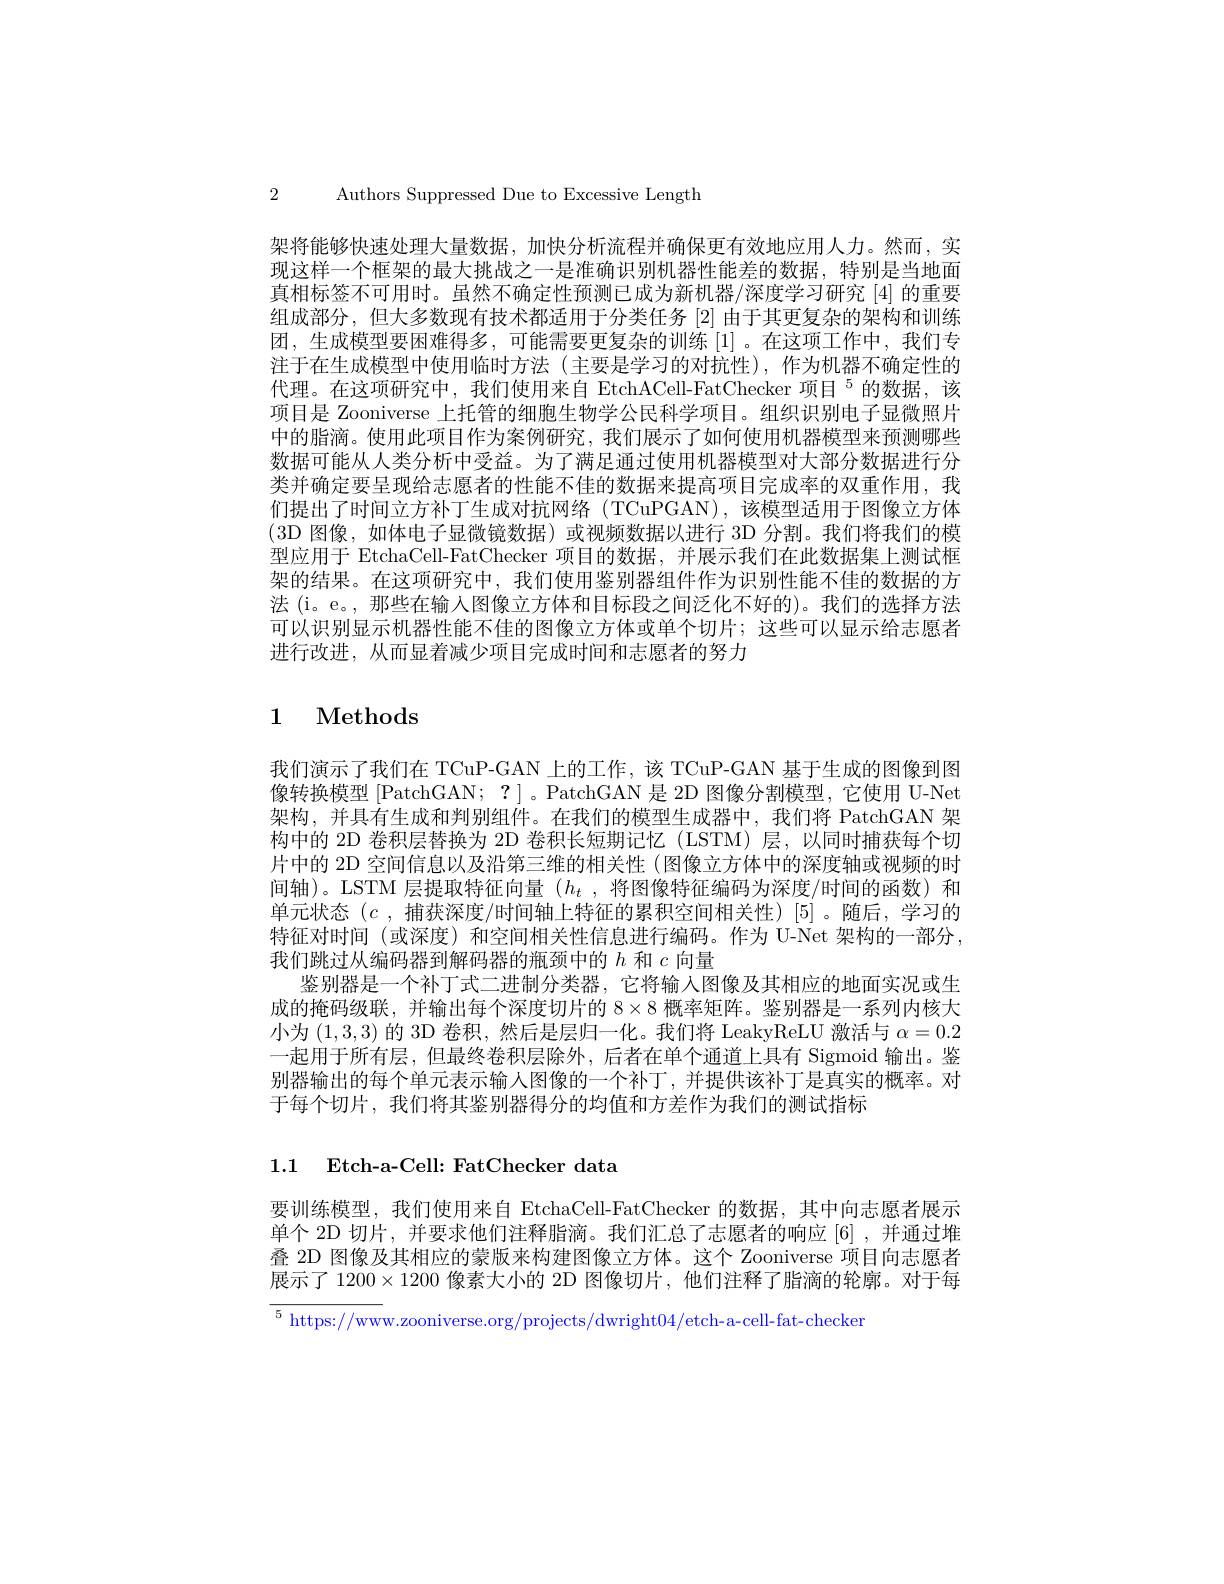
2 Authors Suppressed Due to Excessive Length

架将能够快速处理大量数据，加快分析流程并确保更有效地应用人力。然而，实现这样一个框架的最大挑战之一是准确识别机器性能差的数据，特别是当地面真相标签不可用时。虽然不确定性预测已成为新机器/深度学习研究[4]的重要组成部分，但大多数现有技术都适用于分类任务[2]由于其更复杂的架构和训练团，生成模型要困难得多，可能需要更复杂的训练[1]。在这项工作中，我们专注于在生成模型中使用临时方法(主要是学习的对抗性),作为机器不确定性的代理。在这项研究中，我们使用来自 EtchACell-FatChecker 项目 $^{5}$的数据，该项目是 Zooniverse 上托管的细胞生物学公民科学项目。组织识别电子显微照片中的脂滴。使用此项目作为案例研究，我们展示了如何使用机器模型来预测哪些数据可能从人类分析中受益。为了满足通过使用机器模型对大部分数据进行分类并确定要呈现给志愿者的性能不佳的数据来提高项目完成率的双重作用，我们提出了时间立方补丁生成对抗网络(TCuPGAN),该模型适用于图像立方体(3D 图像，如体电子显微镜数据)或视频数据以进行 3D 分割。我们将我们的模型应用于 EtchaCell-FatChecker 项目的数据，并展示我们在此数据集上测试框架的结果。在这项研究中，我们使用鉴别器组件作为识别性能不佳的数据的方法 (i。e。, 那些在输人图像立方体和目标段之间泛化不好的)。我们的选择方法可以识别显示机器性能不佳的图像立方体或单个切片；这些可以显示给志愿者进行改进，从而显着减少项目完成时间和志愿者的努力

# 1 Methods

我们演示了我们在 TCuP-GAN 上的工作，该 TCuP-GAN 基于生成的图像到图像转换模型|PatchGAN; ? ]。PatchGAN 是 2D 图像分割模型，它使用 U-Net 架构，并具有生成和判别组件。在我们的模型生成器中，我们将 PatchGAN 架构中的 2D 卷积层替换为 2D 卷积长短期记忆 (LSTM) 层，以同时捕获每个切片中的 2D 空间信息以及沿第三维的相关性 (图像立方体中的深度轴或视频的时间轴)。LSTM 层提取特征向量 $( h_t$ , 将图像特征编码为深度/时间的函数)和单元状态 $(c$,捕获深度/时间轴上特征的累积空间相关性)[5]。随后，学习的特征对时间 (或深度) 和空间相关性信息进行编码。作为 U-Net 架构的一部分， 我们跳过从编码器到解码器的瓶颈中的$h$和$c$向量
鉴别器是一个补丁式二进制分类器，它将输入图像及其相应的地面实况或生成的掩码级联，并输出每个深度切片的 8$\times8$概率矩阵。鉴别器是一系列内核大小为(1,3,3)的 3D 卷积，然后是层归一化。我们将 LeakyReLU 激活与$\alpha=0.2$ 一起用于所有层，但最终卷积层除外，后者在单个通道上具有 Sigmoid 输出。鉴别器输出的每个单元表示输人图像的一个补丁，并提供该补丁是真实的概率。对于每个切片，我们将其鉴别器得分的均值和方差作为我们的测试指标

# 1.1 Etch-a-Cell: FatChecker data

要训练模型，我们使用来自 EtchaCell-FatChecker 的数据，其中向志愿者展示单个 2D 切片，并要求他们注释脂滴。我们汇总了志愿者的响应 [6] , 并通过堆叠 2D 图像及其相应的蒙版来构建图像立方体。这个 Zooniverse 项目向志愿者展示了$1200\times1200$像素大小的 2D 图像切片，他们注释了脂滴的轮廓。对于每

$\overline{^5\text{ https://ww}}$w.zooniverse.org/projects/dwright04/etch-a-cell-fat-checker